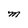
Character: M